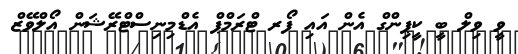
ވީ ވިލް ބީ ކީޕިންގް އެން އައި ފޯރ ޓްރަމްޕް އެޑްމިނިސްޓްރޭޝަން އޯލްވޭޒް